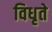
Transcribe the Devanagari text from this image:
विधृते